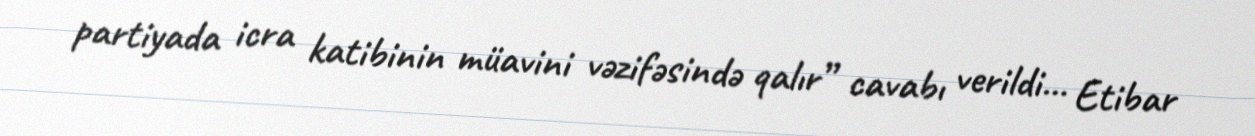
partiyada icra katibinin müavini vəzifəsində qalır” cavabı verildi... Etibar